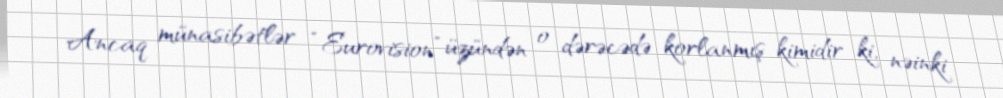
Ancaq münasibətlər “Eurovision” üzündən o dərəcədə korlanmış kimidir ki, nəinki